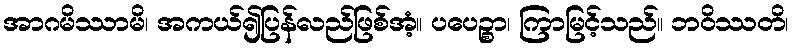
အာဂမိဿာမိ၊ အကယ်၍ပြန်လည်ဖြစ်အံ့။ ပပေဉ္စာ၊ ကြာမြင့်သည်။ ဘဝိဿတိ၊